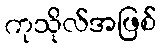
ကုသိုလ်အဖြစ်